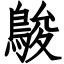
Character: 鵔